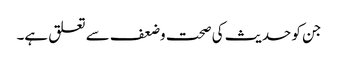
جن کو حدیث کی صحت وضعف سے تعلق ہے۔